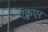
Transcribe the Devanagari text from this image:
एक्रूएर